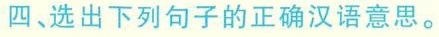
四、选出下列句子的正确汉语意思。